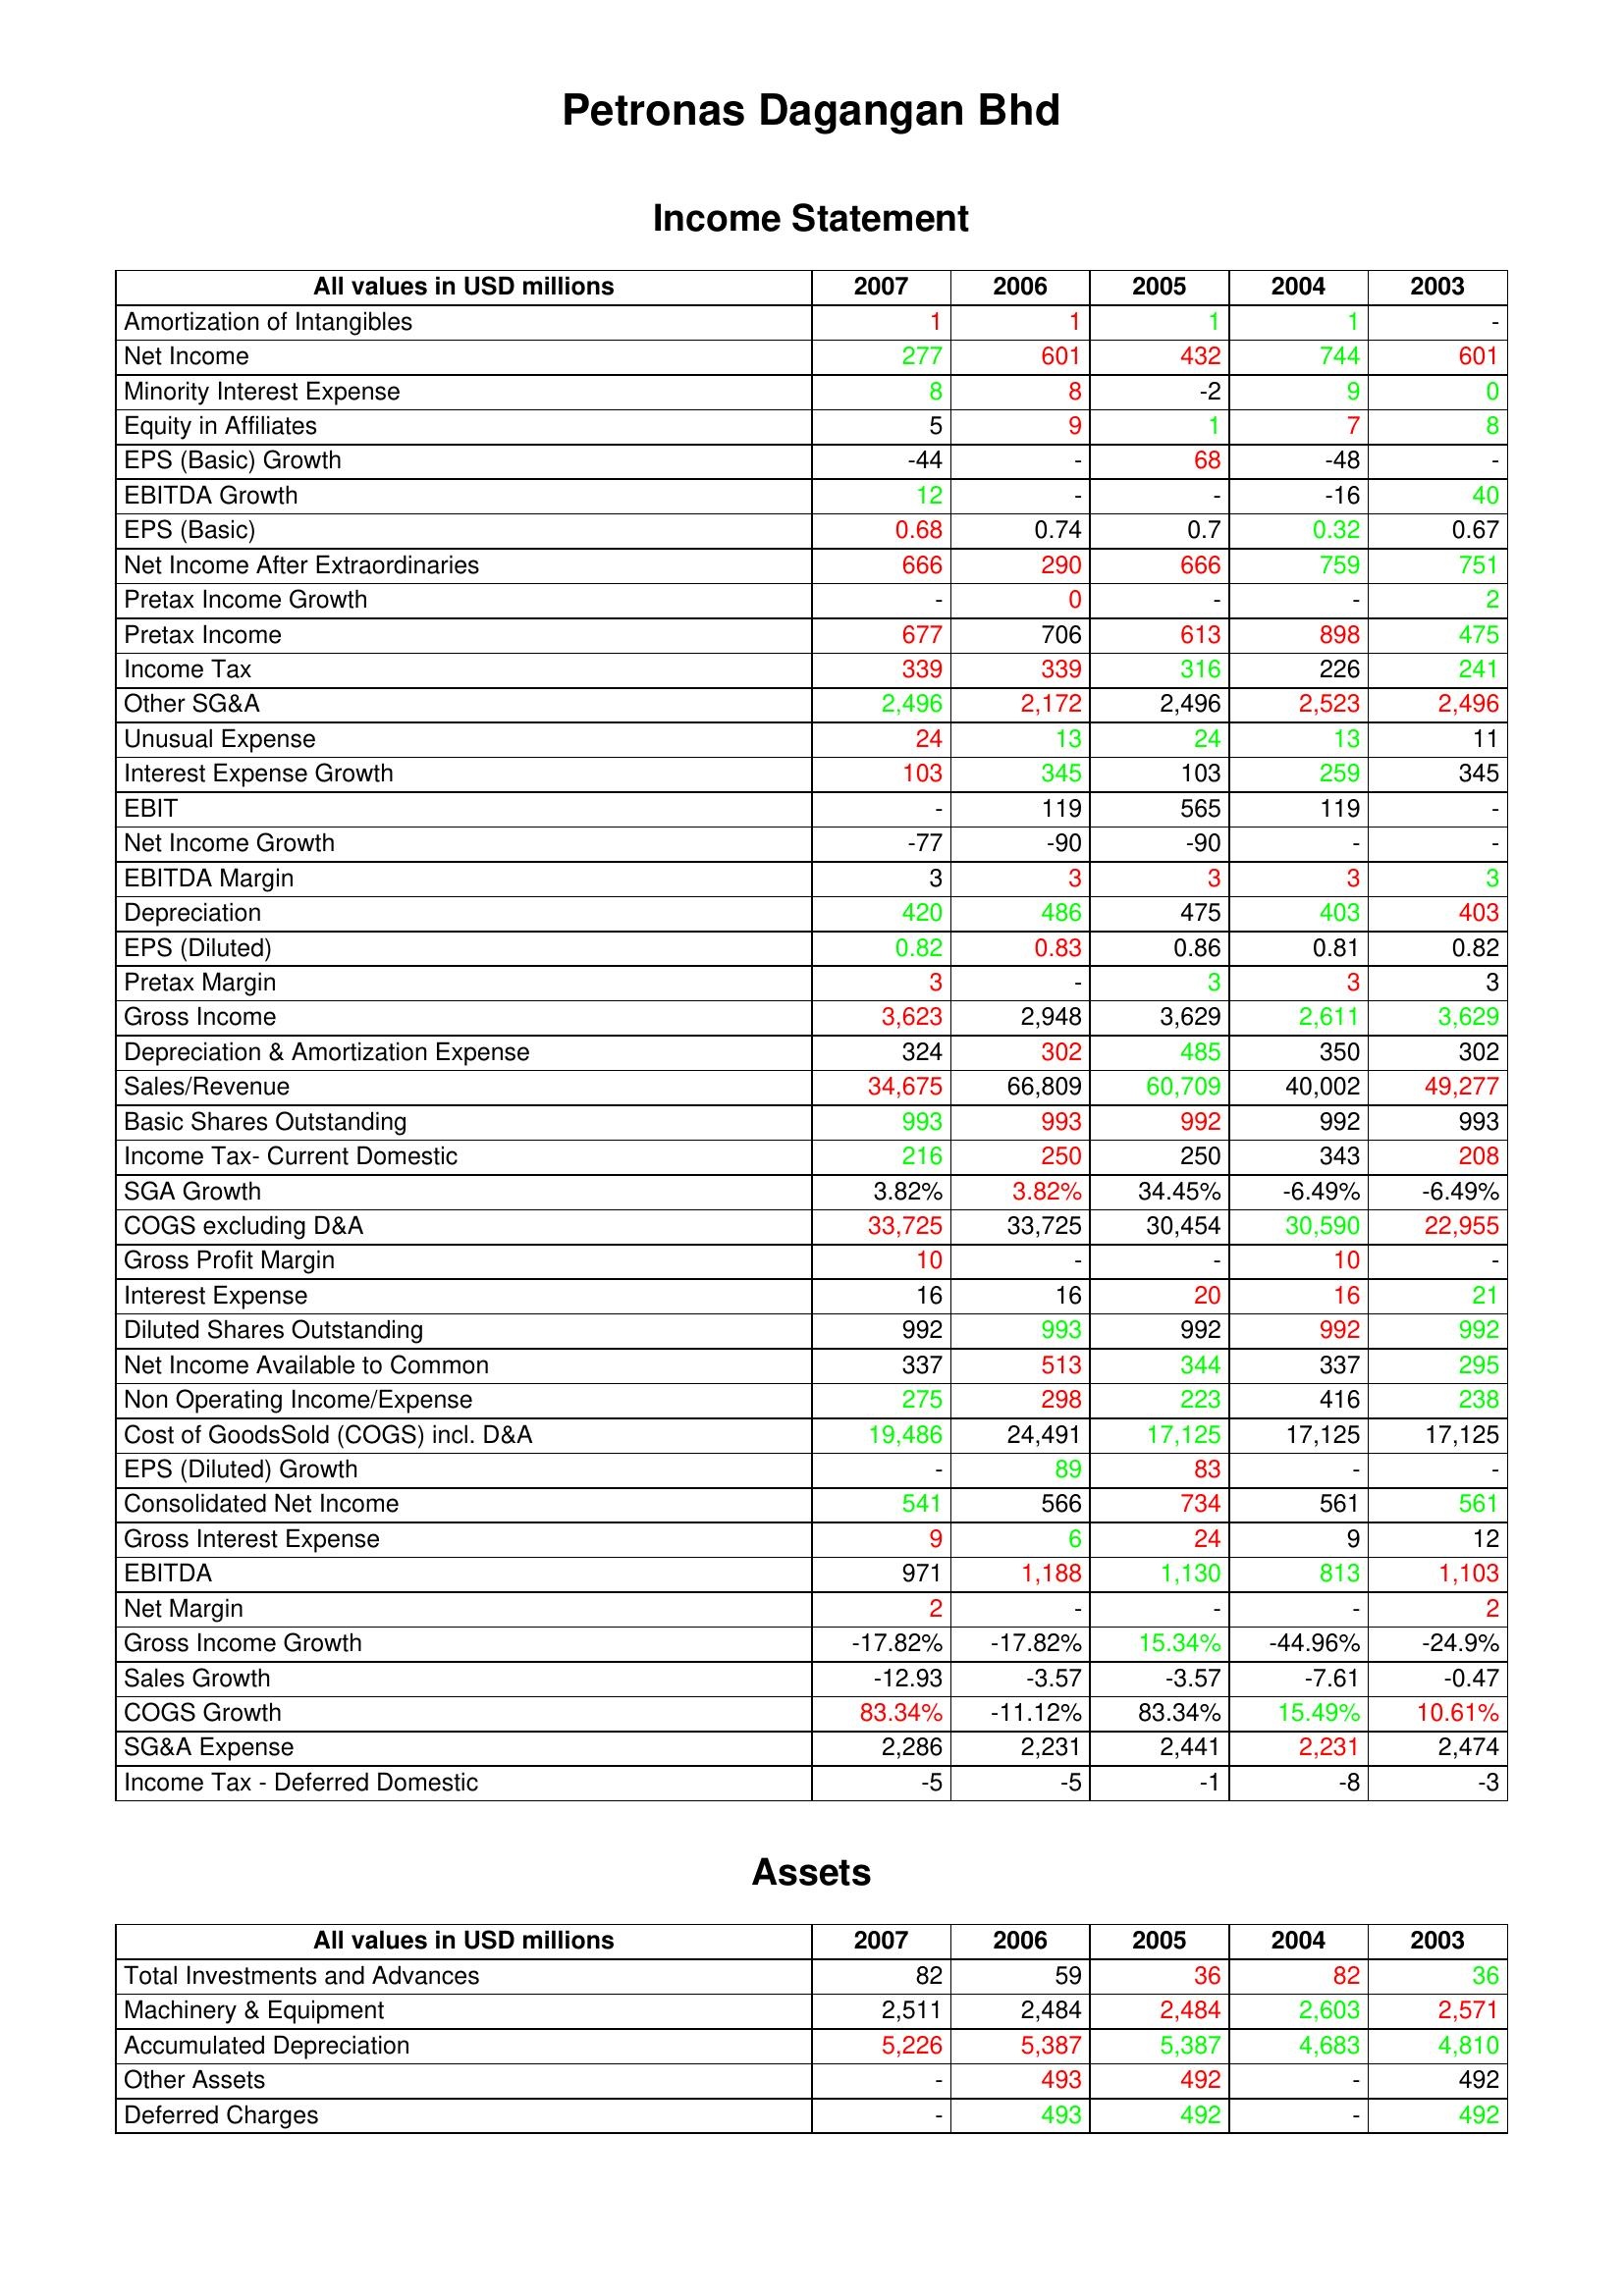
gt_parse: 2007: Income Statement: Amortization of Intangibles: 1
Net Income: 277
Minority Interest Expense: 8
Equity in Affiliates: 5
EPS (Basic) Growth: -44
EBITDA Growth: 12
EPS (Basic): 0.68
Net Income After Extraordinaries: 666
Pretax Income Growth: -
Pretax Income: 677
Income Tax: 339
Other SG&A: 2,496
Unusual Expense: 24
Interest Expense Growth: 103
EBIT: -
Net Income Growth: -77
EBITDA Margin: 3
Depreciation: 420
EPS (Diluted): 0.82
Pretax Margin: 3
Gross Income: 3,623
Depreciation & Amortization Expense: 324
Sales/Revenue: 34,675
Basic Shares Outstanding: 993
Income Tax- Current Domestic: 216
SGA Growth: 3.82%
COGS excluding D&A: 33,725
Gross Profit Margin: 10
Interest Expense: 16
Diluted Shares Outstanding: 992
Net Income Available to Common: 337
Non Operating Income/Expense: 275
Cost of GoodsSold (COGS) incl. D&A: 19,486
EPS (Diluted) Growth: -
Consolidated Net Income: 541
Gross Interest Expense: 9
EBITDA: 971
Net Margin: 2
Gross Income Growth: -17.82%
Sales Growth: -12.93
COGS Growth: 83.34%
SG&A Expense: 2,286
Income Tax - Deferred Domestic: -5
Assets: Total Investments and Advances: 82
Machinery & Equipment: 2,511
Accumulated Depreciation: 5,226
Other Assets: -
Deferred Charges: -
2006: Income Statement: Amortization of Intangibles: 1
Net Income: 601
Minority Interest Expense: 8
Equity in Affiliates: 9
EPS (Basic) Growth: -
EBITDA Growth: -
EPS (Basic): 0.74
Net Income After Extraordinaries: 290
Pretax Income Growth: 0
Pretax Income: 706
Income Tax: 339
Other SG&A: 2,172
Unusual Expense: 13
Interest Expense Growth: 345
EBIT: 119
Net Income Growth: -90
EBITDA Margin: 3
Depreciation: 486
EPS (Diluted): 0.83
Pretax Margin: -
Gross Income: 2,948
Depreciation & Amortization Expense: 302
Sales/Revenue: 66,809
Basic Shares Outstanding: 993
Income Tax- Current Domestic: 250
SGA Growth: 3.82%
COGS excluding D&A: 33,725
Gross Profit Margin: -
Interest Expense: 16
Diluted Shares Outstanding: 993
Net Income Available to Common: 513
Non Operating Income/Expense: 298
Cost of GoodsSold (COGS) incl. D&A: 24,491
EPS (Diluted) Growth: 89
Consolidated Net Income: 566
Gross Interest Expense: 6
EBITDA: 1,188
Net Margin: -
Gross Income Growth: -17.82%
Sales Growth: -3.57
COGS Growth: -11.12%
SG&A Expense: 2,231
Income Tax - Deferred Domestic: -5
Assets: Total Investments and Advances: 59
Machinery & Equipment: 2,484
Accumulated Depreciation: 5,387
Other Assets: 493
Deferred Charges: 493
2005: Income Statement: Amortization of Intangibles: 1
Net Income: 432
Minority Interest Expense: -2
Equity in Affiliates: 1
EPS (Basic) Growth: 68
EBITDA Growth: -
EPS (Basic): 0.7
Net Income After Extraordinaries: 666
Pretax Income Growth: -
Pretax Income: 613
Income Tax: 316
Other SG&A: 2,496
Unusual Expense: 24
Interest Expense Growth: 103
EBIT: 565
Net Income Growth: -90
EBITDA Margin: 3
Depreciation: 475
EPS (Diluted): 0.86
Pretax Margin: 3
Gross Income: 3,629
Depreciation & Amortization Expense: 485
Sales/Revenue: 60,709
Basic Shares Outstanding: 992
Income Tax- Current Domestic: 250
SGA Growth: 34.45%
COGS excluding D&A: 30,454
Gross Profit Margin: -
Interest Expense: 20
Diluted Shares Outstanding: 992
Net Income Available to Common: 344
Non Operating Income/Expense: 223
Cost of GoodsSold (COGS) incl. D&A: 17,125
EPS (Diluted) Growth: 83
Consolidated Net Income: 734
Gross Interest Expense: 24
EBITDA: 1,130
Net Margin: -
Gross Income Growth: 15.34%
Sales Growth: -3.57
COGS Growth: 83.34%
SG&A Expense: 2,441
Income Tax - Deferred Domestic: -1
Assets: Total Investments and Advances: 36
Machinery & Equipment: 2,484
Accumulated Depreciation: 5,387
Other Assets: 492
Deferred Charges: 492
2004: Income Statement: Amortization of Intangibles: 1
Net Income: 744
Minority Interest Expense: 9
Equity in Affiliates: 7
EPS (Basic) Growth: -48
EBITDA Growth: -16
EPS (Basic): 0.32
Net Income After Extraordinaries: 759
Pretax Income Growth: -
Pretax Income: 898
Income Tax: 226
Other SG&A: 2,523
Unusual Expense: 13
Interest Expense Growth: 259
EBIT: 119
Net Income Growth: -
EBITDA Margin: 3
Depreciation: 403
EPS (Diluted): 0.81
Pretax Margin: 3
Gross Income: 2,611
Depreciation & Amortization Expense: 350
Sales/Revenue: 40,002
Basic Shares Outstanding: 992
Income Tax- Current Domestic: 343
SGA Growth: -6.49%
COGS excluding D&A: 30,590
Gross Profit Margin: 10
Interest Expense: 16
Diluted Shares Outstanding: 992
Net Income Available to Common: 337
Non Operating Income/Expense: 416
Cost of GoodsSold (COGS) incl. D&A: 17,125
EPS (Diluted) Growth: -
Consolidated Net Income: 561
Gross Interest Expense: 9
EBITDA: 813
Net Margin: -
Gross Income Growth: -44.96%
Sales Growth: -7.61
COGS Growth: 15.49%
SG&A Expense: 2,231
Income Tax - Deferred Domestic: -8
Assets: Total Investments and Advances: 82
Machinery & Equipment: 2,603
Accumulated Depreciation: 4,683
Other Assets: -
Deferred Charges: -
2003: Income Statement: Amortization of Intangibles: -
Net Income: 601
Minority Interest Expense: 0
Equity in Affiliates: 8
EPS (Basic) Growth: -
EBITDA Growth: 40
EPS (Basic): 0.67
Net Income After Extraordinaries: 751
Pretax Income Growth: 2
Pretax Income: 475
Income Tax: 241
Other SG&A: 2,496
Unusual Expense: 11
Interest Expense Growth: 345
EBIT: -
Net Income Growth: -
EBITDA Margin: 3
Depreciation: 403
EPS (Diluted): 0.82
Pretax Margin: 3
Gross Income: 3,629
Depreciation & Amortization Expense: 302
Sales/Revenue: 49,277
Basic Shares Outstanding: 993
Income Tax- Current Domestic: 208
SGA Growth: -6.49%
COGS excluding D&A: 22,955
Gross Profit Margin: -
Interest Expense: 21
Diluted Shares Outstanding: 992
Net Income Available to Common: 295
Non Operating Income/Expense: 238
Cost of GoodsSold (COGS) incl. D&A: 17,125
EPS (Diluted) Growth: -
Consolidated Net Income: 561
Gross Interest Expense: 12
EBITDA: 1,103
Net Margin: 2
Gross Income Growth: -24.9%
Sales Growth: -0.47
COGS Growth: 10.61%
SG&A Expense: 2,474
Income Tax - Deferred Domestic: -3
Assets: Total Investments and Advances: 36
Machinery & Equipment: 2,571
Accumulated Depreciation: 4,810
Other Assets: 492
Deferred Charges: 492